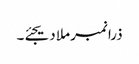
ذرا نمبر ملا دیجئے۔